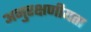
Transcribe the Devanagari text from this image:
अनुरक्षणीयता